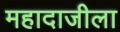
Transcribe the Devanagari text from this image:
महादाजीला